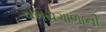
સમયગાળાની